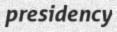
presidency